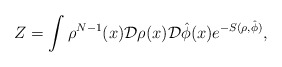
\begin{align*}Z=\int \rho^{N-1}(x){\cal D}\rho(x) {\cal D}\hat{\phi}(x)e^{-S(\rho,\hat{\phi})},\end{align*}